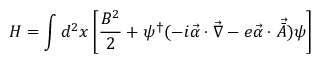
H = \int d ^ { 2 } x \left[ \frac { B ^ { 2 } } { 2 } + \psi ^ { \dag } ( - i { \vec { \alpha } } \cdot \vec { \nabla } - e { \vec { \alpha } } \cdot { \vec { { \bar { A } } } } ) \psi \right]